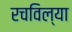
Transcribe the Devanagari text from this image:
रचविल्या